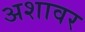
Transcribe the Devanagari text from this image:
अशावर